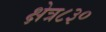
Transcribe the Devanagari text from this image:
क्षेत्र८३०